Bréfritari: Sigríður Sigurðardóttir
Viðtakandi: Jón Borgfirðings Jónsson
Dagsetning: A-1897-03-14
Skrifað á: Ásgarði  Borg.

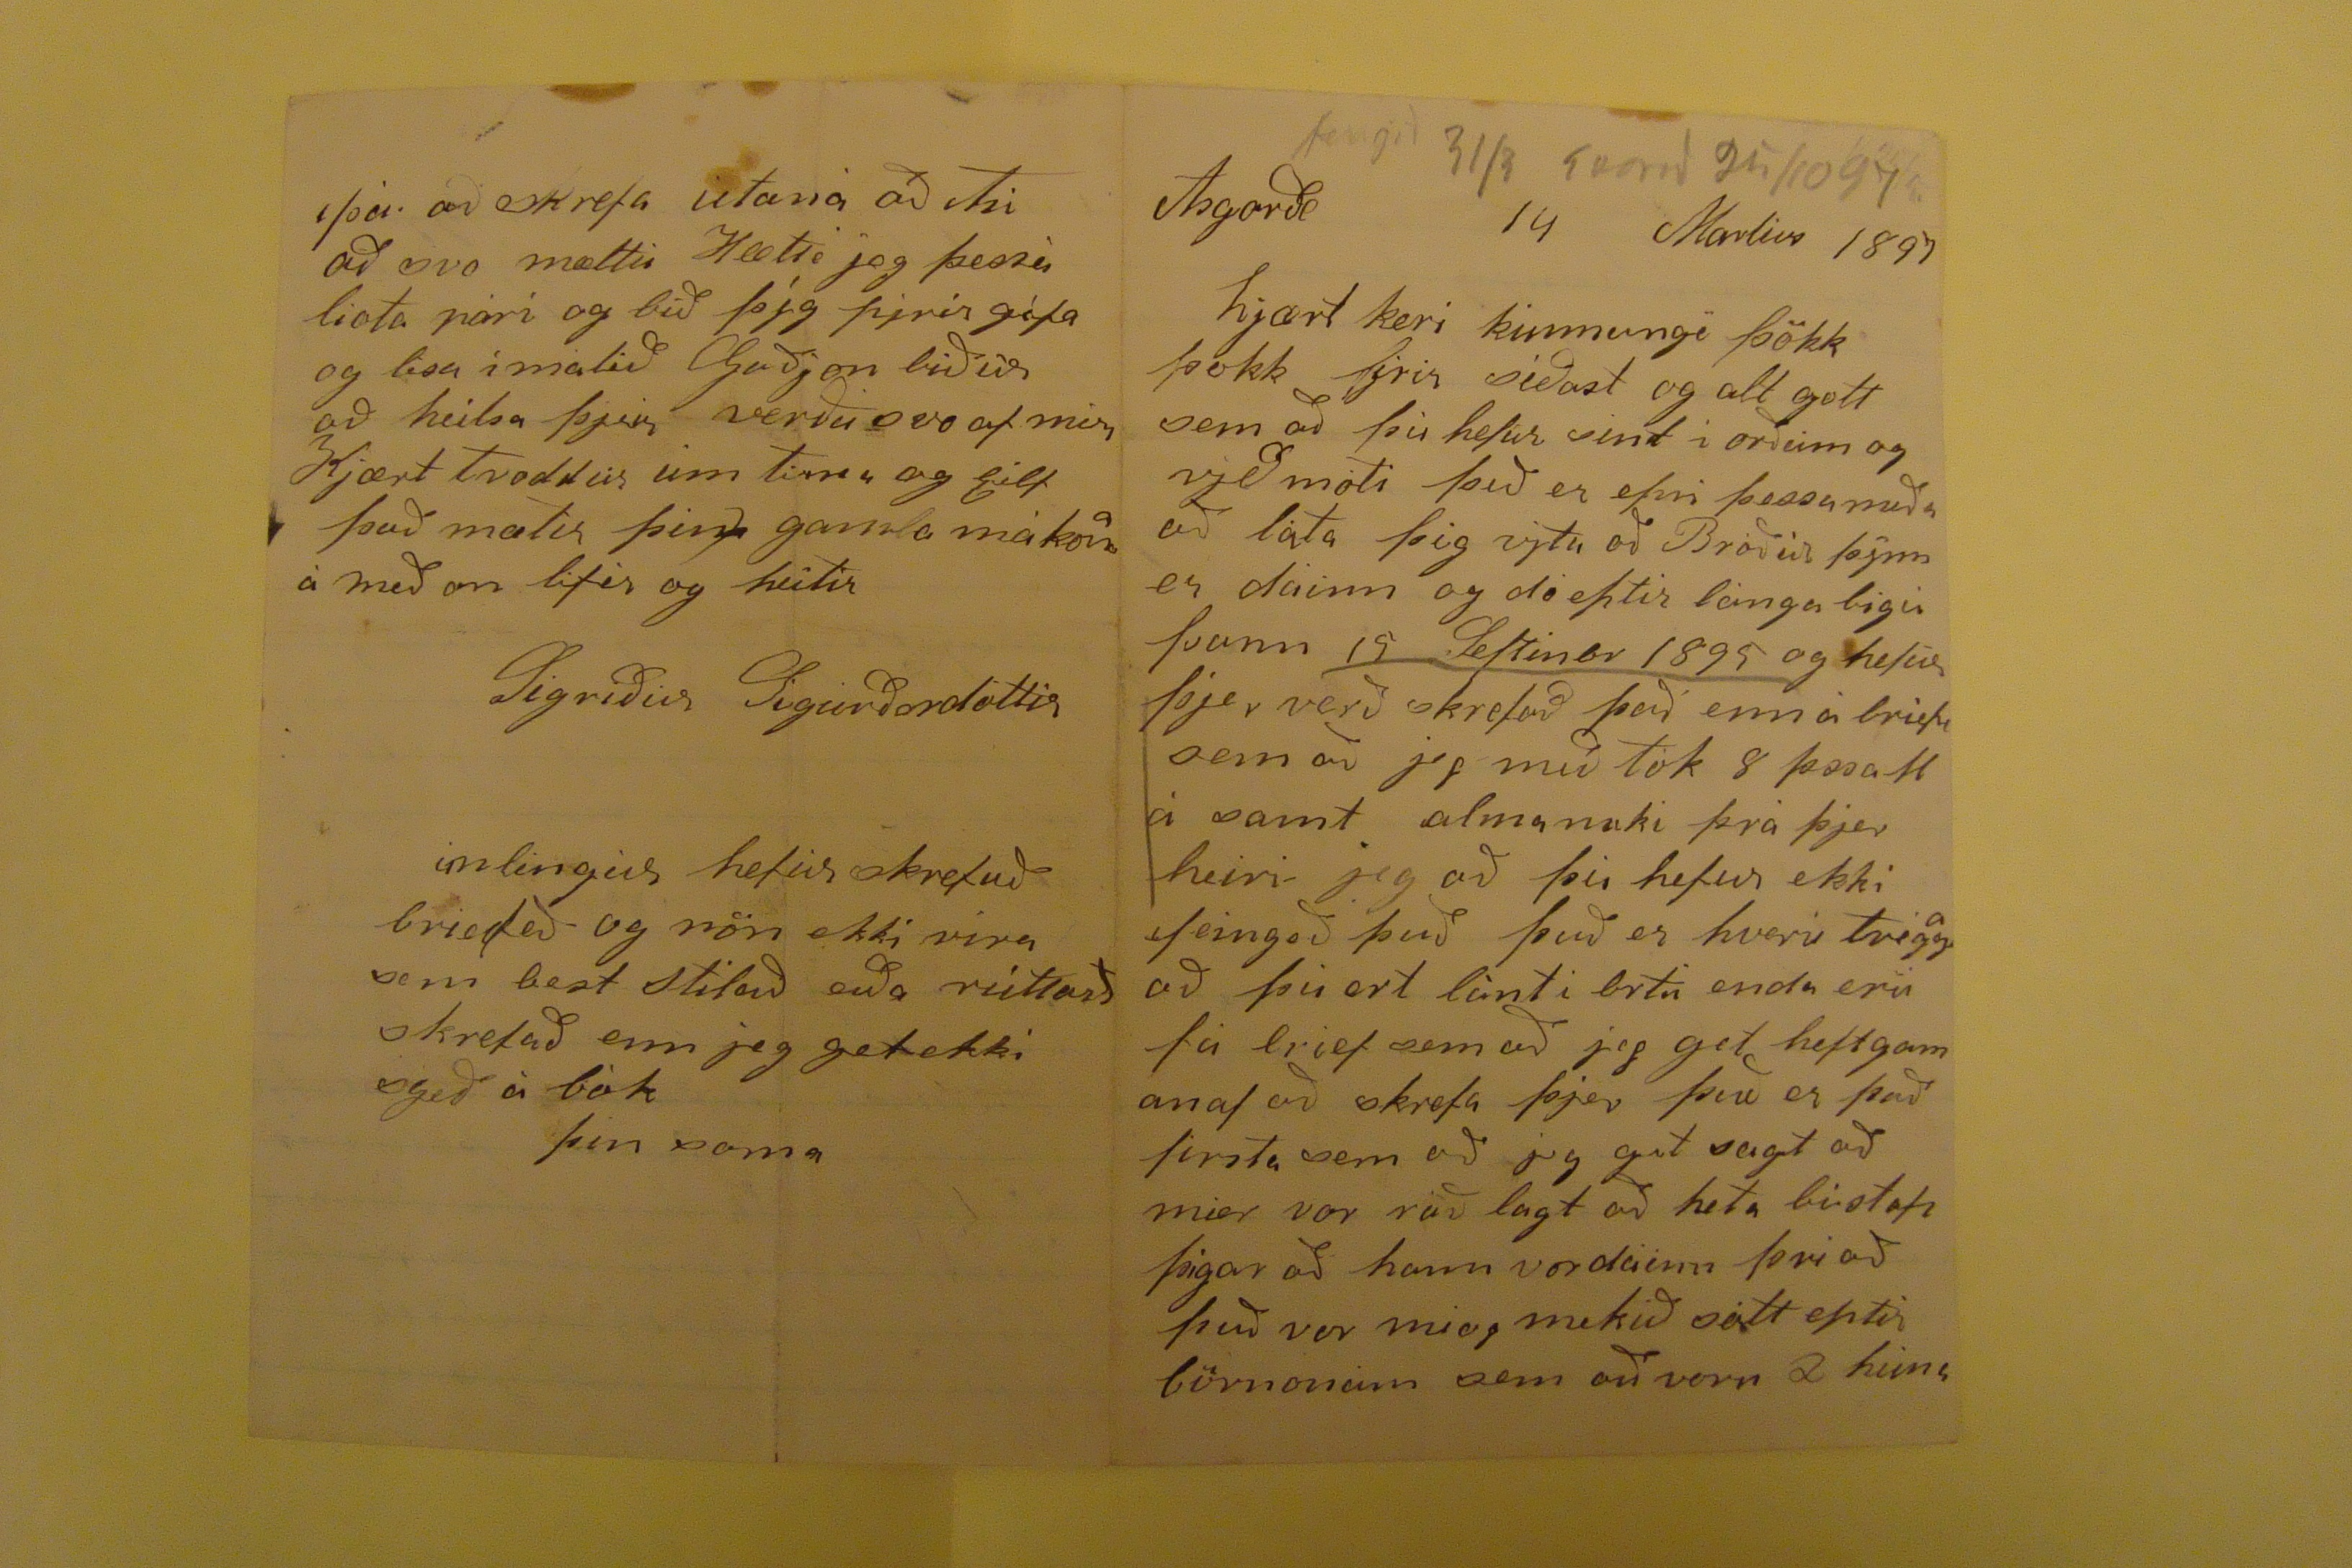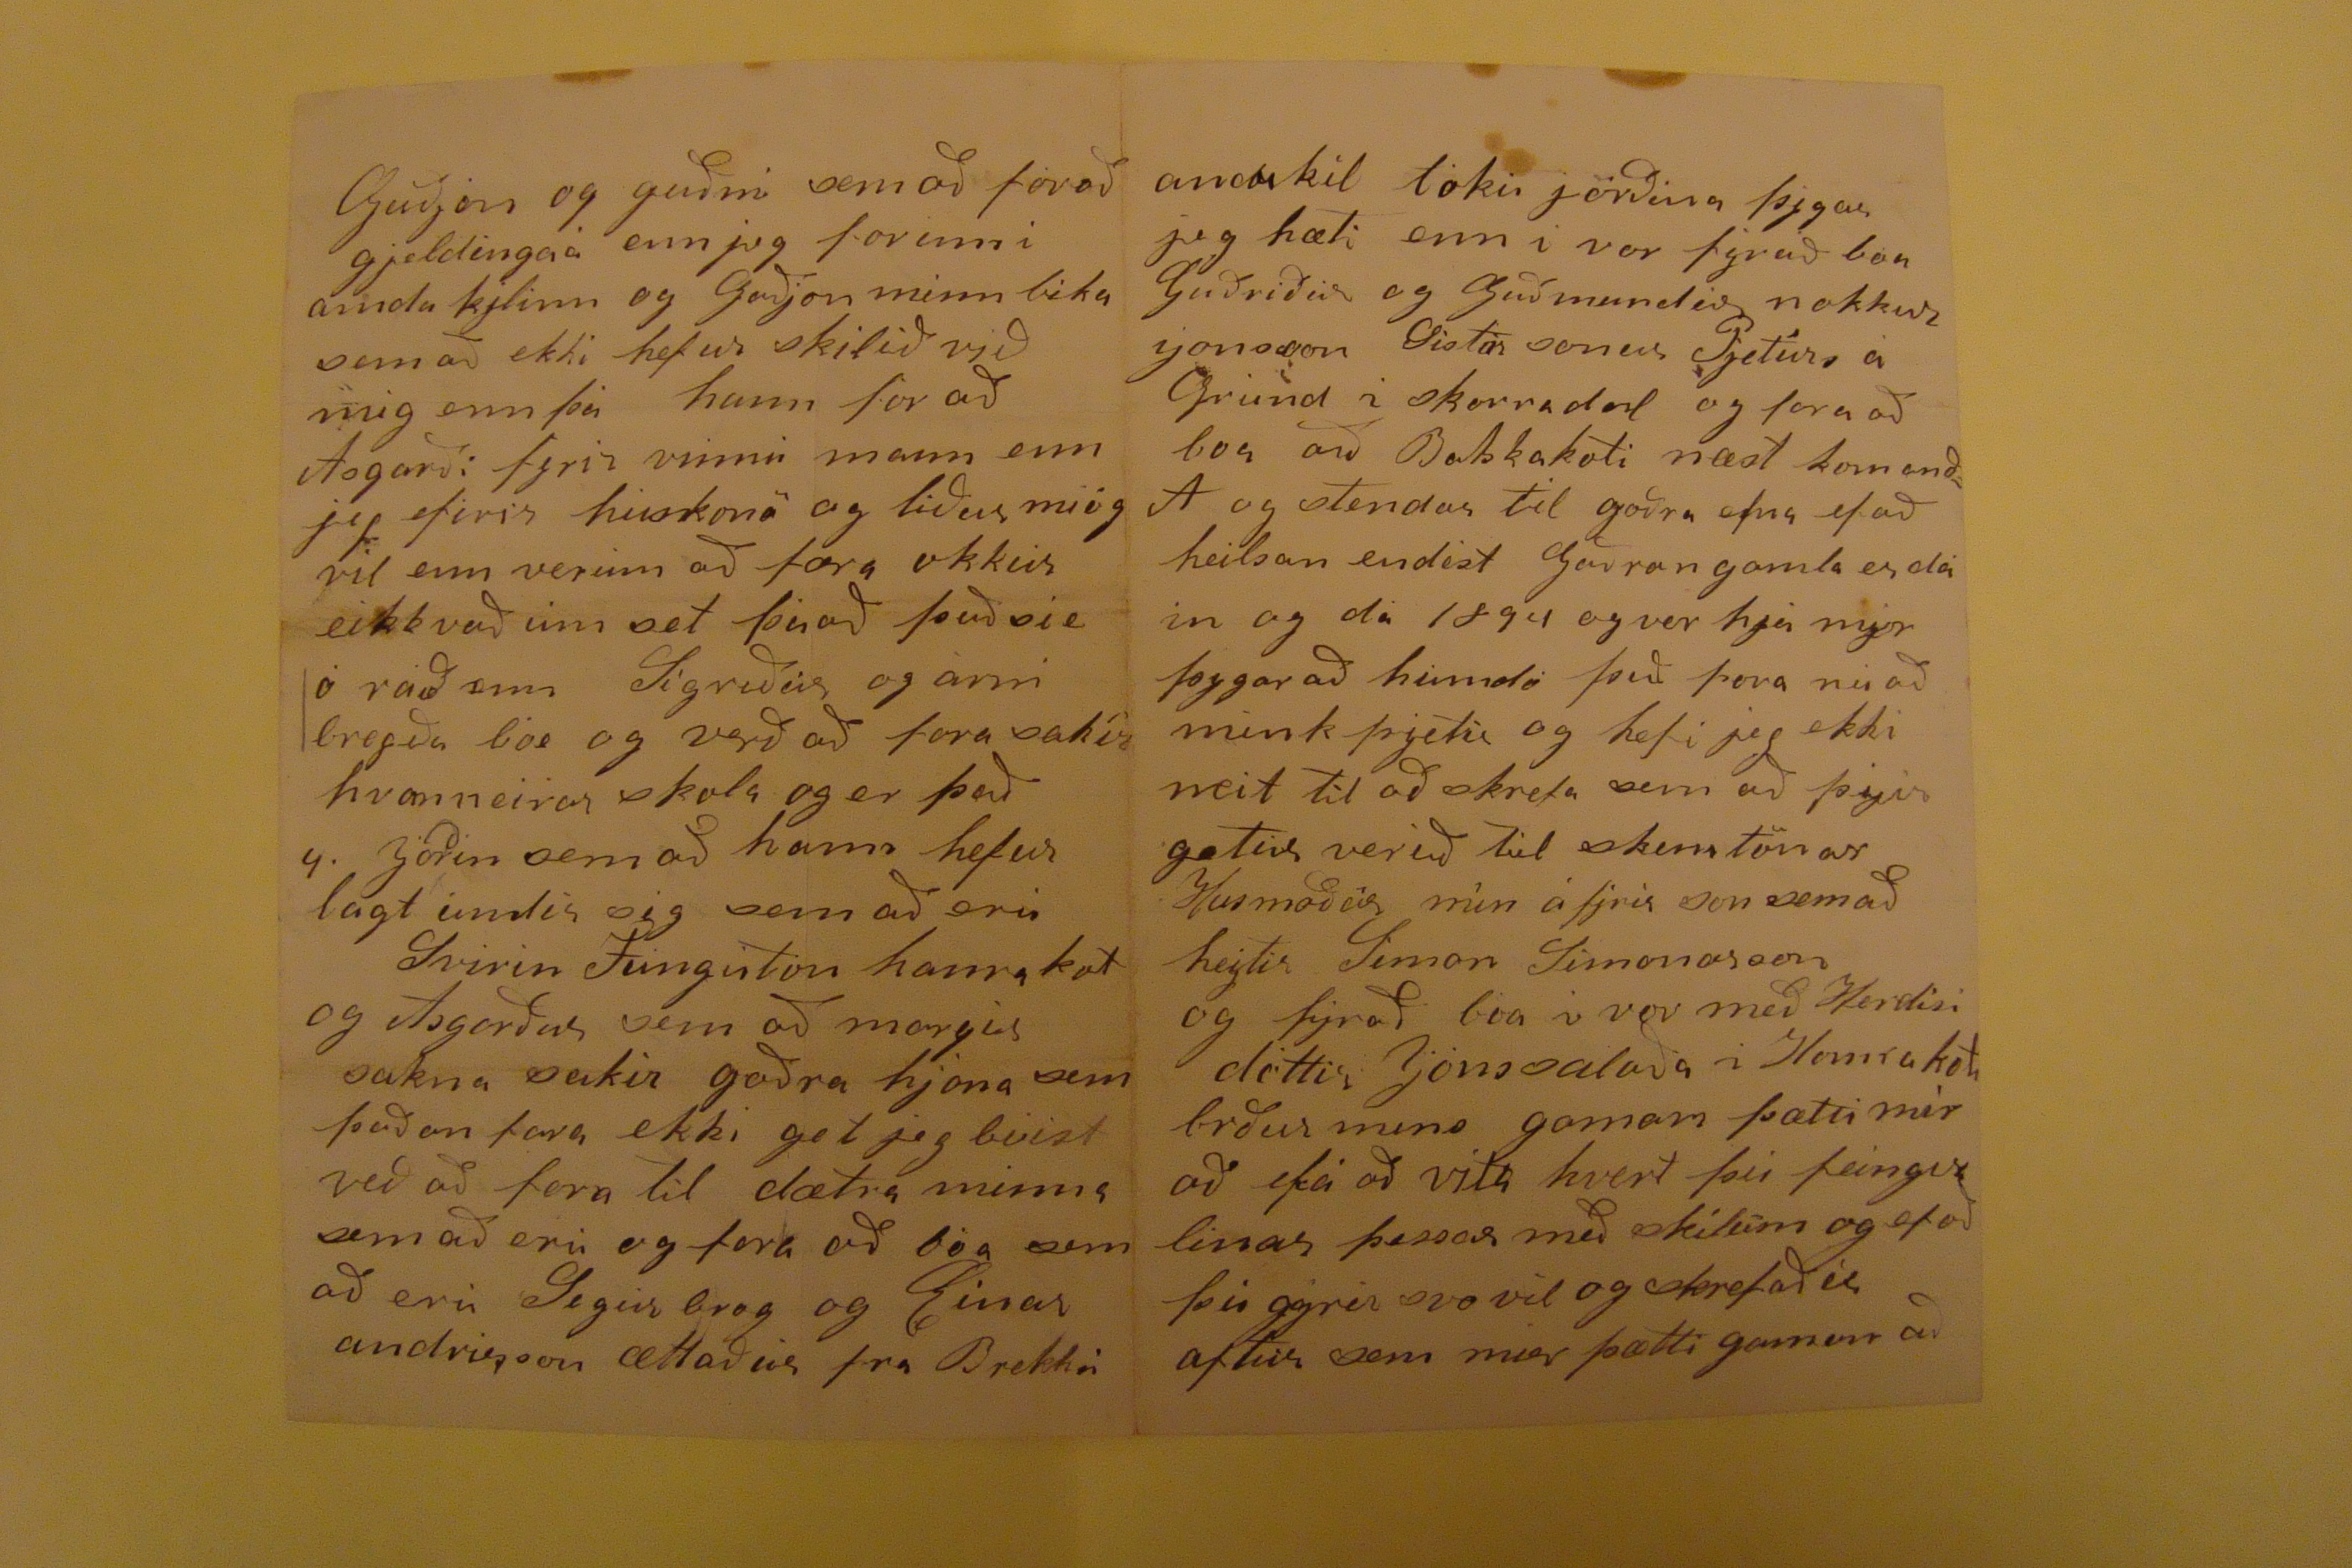

Asgarði 14 Martius 1897
hjært keri kunnungi þökk þokk firir síðast og alt gott sem að þu hefur sint i orðum og
vjeð
móti þeð er efni þessa miða að láta þig vjtu að Bróðir þjnn er dáinn og dó eftir langa ligu þann 15 Seftinbr 1895 og hefir þjer verð skrefað það enn á briefi sem að jeg með tók 8
þssast
á samt almanaki frá þjer heiri je gað þu hefur ekki feingið það það er hverir tvegga að þu ert lánti brtu enda eru fá brief sem að jeg get heftgamanaf að skrefa þjer það er það firsta sem að jeg gat sagt að mier var ráðlagt að hafa
bistofi
þigar að hann vardáinn þvi að það var miog mekið sott eptir börnonum sem að voru
2 huns
Guðjón og guðni sem að forað gjeldingaá enn jueg forinni amdakjlinn og Guðjón minn lika sem að ekki hefur skilið vjð mig enn þá hann for að Asgarði fyrir vinnu mann enn jeg
firir
huskona og liður miog vil enn verum að færa okkur eikkvað um set þúað það sie ó ráð enn Sigriður og arni bregða
boe
og verð að fara sakir hvanneirar skola og er það 4. jorðin sem að hann hefur lagt undir sig sem að eru Svirin Tunguton hanra kot og Asgarður sem að margir sakna sakir goðra hóna sem þaðan fara ekki get jeg buist veð að fara til dætra minna sem að eru og fera að boa sem að eru
Segin brog
og Einar andriesson ættaðir fra Brekku
andakil tóku jörðina þigar jeg hæti enn i vor fyrað bon Guðríðar og Guðmundar nokkur Jonsson
Gistar sonar
Pjeturs á Grund i skorradal go fara að boa að Bakkakoti næst komandi A og stendur til goðra efna ef að heilsan endist
Goðran gamla
er dáin og dó 1894 og ver hja mjer þegar að humdó þið þora nú að mink
þgetu
og hefi jeg ekki neit til að skrefa sem að þigir getur verið til skemtönar Husmoðir mín á fjrir son sem að hejtir Simon Simonarson og fjrað boa i vor með Herdisi dóttir Jónssalaða i Hamrakoti broður mins gaman þætti mér að fá að vita hvert þú feingir linar þessar með skilum og ef að þú gjrir svo vil og skrefaðir aftur sem mier þætti gaman að
þá að skrefa utana að
Atu
að svo mættu Hætte jeg þessu liota pari og bið þjg fjrir géfa og lisa í malið Guðjon biður að heilsa þjer verðu svo afmier Kjært tvoddur um tima og
gilf
það mætir þin gamla mákona á með an lifir og heitir
Sigríður Sigurðardottir
imlengur hefur skrefuð briefeð og
nön
ekki vira sem best stilað eða
rúttað
skrefað enn jeg get ekki syeð á bók
þin sama